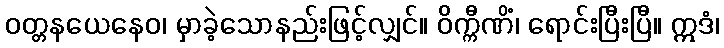
ဝတ္တနယေနေဝ၊ မှာခဲ့သောနည်းဖြင့်လျှင်။ ဝိက္ကီဏိံ၊ ရောင်းပြီးပြီ။ ဣဒံ၊